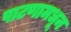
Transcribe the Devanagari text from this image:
पाटणामधून